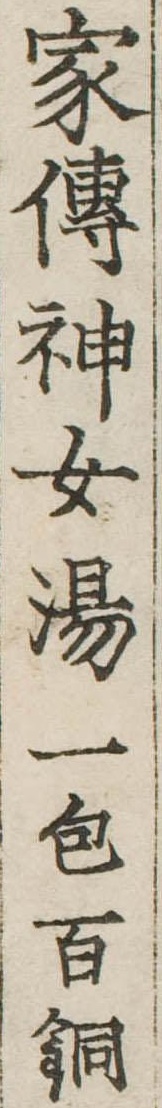
家伝神女湯一包百銅